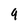
Character: 9